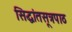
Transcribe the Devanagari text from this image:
सिद्धांतसूत्रपाठ